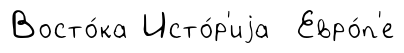
Восто́ка Исто́р'иjа Евро́п'е